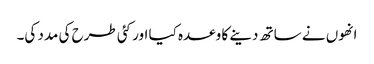
انھوں نے ساتھ دینے کا وعدہ کیا اور کئی طرح کی مدد کی۔